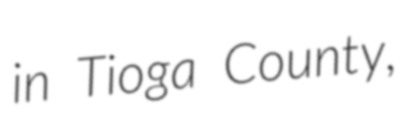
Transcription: in Tioga County,